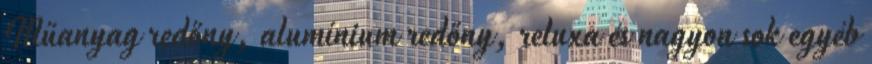
Műanyag redőny, alumínium redőny, reluxa és nagyon sok egyéb